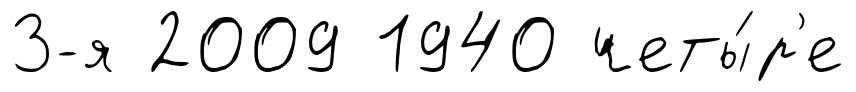
3-я 2009 1940 четы́р'е